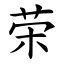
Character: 荣